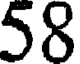
58